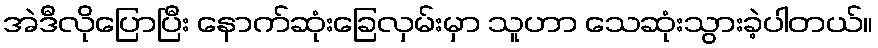
အဲဒီလိုပြောပြီး နောက်ဆုံးခြေလှမ်းမှာ သူဟာ သေဆုံးသွားခဲ့ပါတယ်။